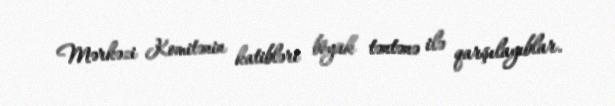
Mərkəzi Komitənin katibləri böyük təntənə ilə qarşılayıblar.